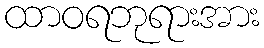
ထာဝရဘုရားအား